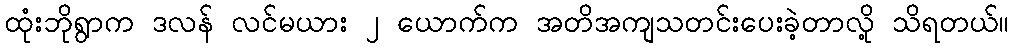
ထုံးဘိုရွာက ဒလန် လင်မယား ၂ ယောက်က အတိအကျသတင်းပေးခဲ့တာလို့ သိရတယ်။